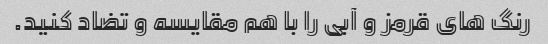
رنگ های قرمز و آبی را با هم مقایسه و تضاد کنید.